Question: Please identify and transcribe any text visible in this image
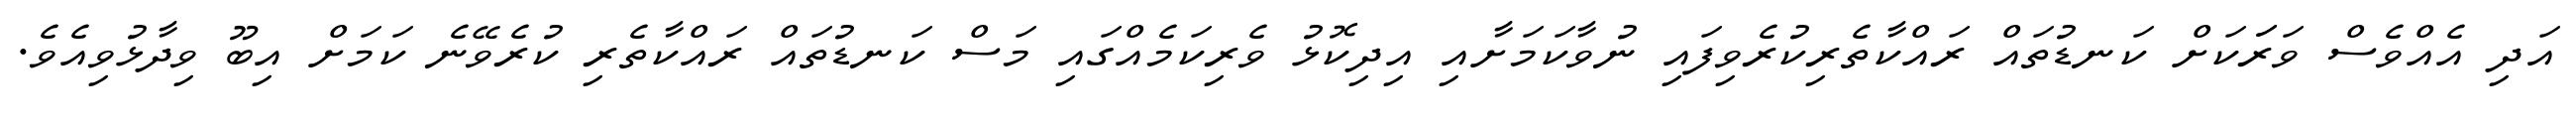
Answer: އަދި އެއްވެސް ވަރަަކަށް ކަނޑުތައް ރައްކާތެރިކުރެވިފައި ނުވާކަމަށާއި އިދިކޮޅު ވެރިކަމެއްގައި މަސް ކަނޑުތައް ރައްކާތެރި ކުރެވޭނެ ކަމަށް އިބޫ ވިދާޅުވިއެވެ.